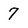
Character: 7